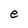
Character: e